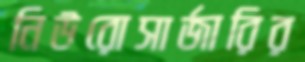
নিউরোসার্জারির